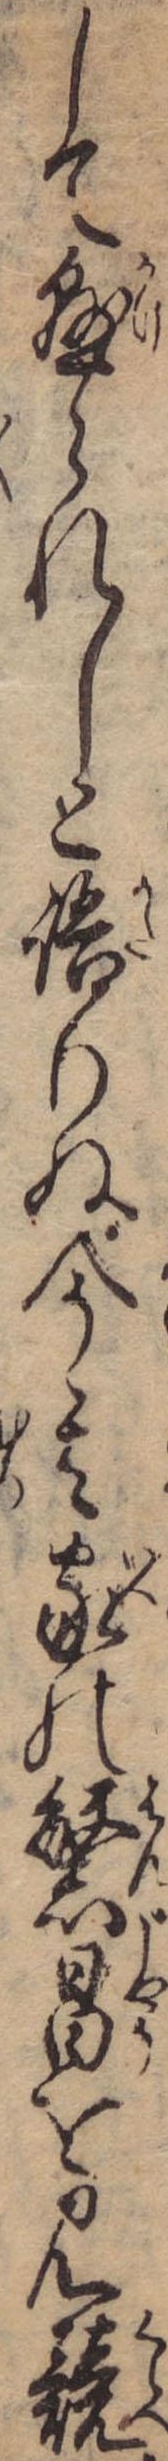
して懸られしと語りぬ今其家の繁昌を見競